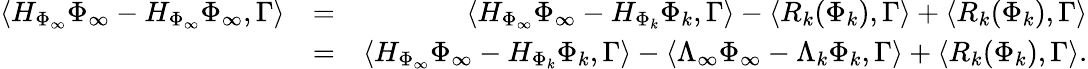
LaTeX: \begin{array}{rlr}{\langle H_{\Phi_{\infty}}\Phi_{\infty}-H_{\Phi_{\infty}}\Phi_{\infty},\Gamma\rangle}&{=}&{\langle H_{\Phi_{\infty}}\Phi_{\infty}-H_{\Phi_{k}}\Phi_{k},\Gamma\rangle-\langle R_{k}(\Phi_{k}),\Gamma\rangle+\langle R_{k}(\Phi_{k}),\Gamma\rangle}\\ &{=}&{\langle H_{\Phi_{\infty}}\Phi_{\infty}-H_{\Phi_{k}}\Phi_{k},\Gamma\rangle-\langle\Lambda_{\infty}\Phi_{\infty}-\Lambda_{k}\Phi_{k},\Gamma\rangle+\langle R_{k}(\Phi_{k}),\Gamma\rangle.}\end{array}